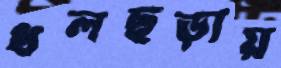
ধলছড়ায়